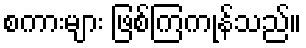
စကားများ ဖြစ်ကြကုန်သည်။